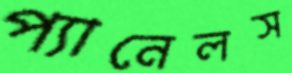
প্যানেলস